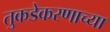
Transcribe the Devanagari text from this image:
तुकडेकरणाच्या